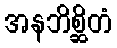
အနဘိစ္ဆိတံ